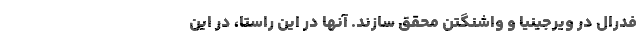
فدرال در ویرجینیا و واشنگتن محقق سازند. آنها در این راستا، در این